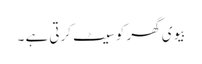
بیوی گھر کو سیٹ کرتی ہے ۔